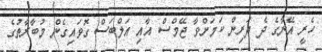
ހެރީ އޭނާގެ ދެ ދަރިން ކަމަށްވާ ޖޭމްސް އާއި އަލްބަސް ގޮވައިގެން މުބާރާތުގެ